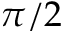
\pi / 2